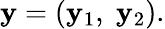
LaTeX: \mathbf{y}=(\mathbf{y}_{1},\; \mathbf{y}_{2}).